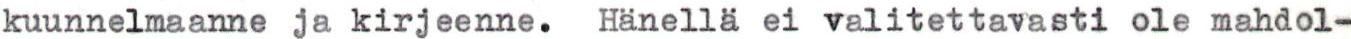
kuunnelmaanne ja kirjeenne. Hänellä ei valitettavasti ole mahdol-